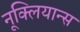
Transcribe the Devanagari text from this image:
नूक्लियान्स